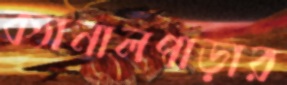
ক্যানালপাড়ার